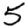
Digit: 5